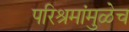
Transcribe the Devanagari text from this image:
परिश्रमांमुळेच